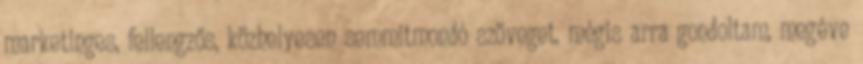
marketinges, fellengzős, közhelyesen semmitmondó szöveget, mégis arra gondoltam, megéve